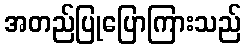
အတည်ပြုပြောကြားသည်